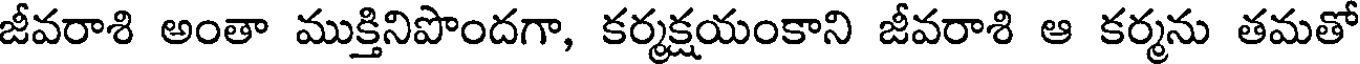
జీవరాశి అంతా ముక్తినిపొందగా, కర్మక్షయంకాని జీవరాశి ఆ కర్మను తమతో